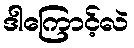
ဒါကြောင့်လဲ